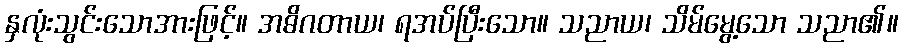
နှလုံးသွင်းသောအားဖြင့်။ အဓိဂတာယ၊ ရအပ်ပြီးသော။ သညာယ၊ သိမ်မွေ့သော သညာ၏။